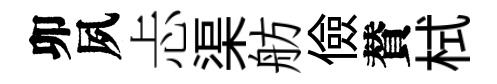
卯夙忐渠舫儉賛栻